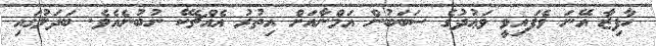
ހާފިޒާ އޭނަ ވެފައިވީ ވަޢުދުގެ ސަބަބުން އަމްނާއަށް އިތުރު އެއްޗެކޭ ނުބުނެއެވެ. ބަދަލުގައި